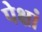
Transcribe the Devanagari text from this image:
पेक्षां